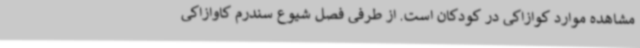
مشاهده موارد کوازاکی در کودکان است. از طرفی فصل شیوع سندرم کاوازاکی